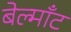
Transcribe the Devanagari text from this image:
बेल्माँट